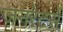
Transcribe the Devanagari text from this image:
जनरेटर्स